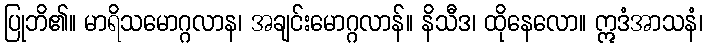
ပြုဘိ၏။ မာရိသမောဂ္ဂလာန၊ အချင်းမောဂ္ဂလာန်။ နိသီဒ၊ ထိုနေလော။ ဣဒံအာသနံ၊